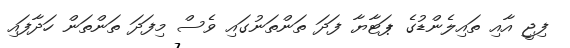
ފިޖީ އާއި ތައިލެންޑުގެ ޕަޓާޔާ ފަދަ ތަންތަނުގައި ވެސް މިފަދަ ތަންތަން ހަދާފައި